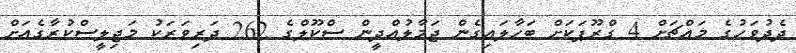
ދެދުވަހުގެ މައްޗަށް 4 ގްރޫޕަކަށް ބަހާލައިގެން ޖަމާލުއްދީން ސްކޫލްގެ 262 ދަރިވަރަކު މަޖިލީސްކުރާގެއަށް